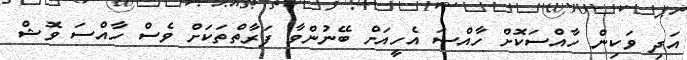
އަދި ވަކިން ހާއްސަކޮށް ހާއްސަ އެހީއަށް ބޭނުންވާ ފަރާތްތަކަށް ވެސް ހާއްސަ ވޮޝް